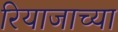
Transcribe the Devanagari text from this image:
रियाजाच्या